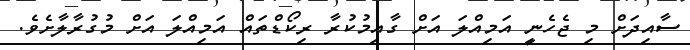
ސާއިދަށް މި ޖެހެނީ އަމިއްލަ އަށް ގާއިމުކުރާ ރިކޯޑްތައް އަމިއްލަ އަށް މުގުރާލާށެވެ.